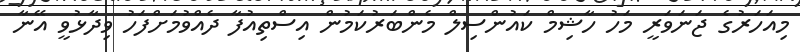
މިއަހަރުގެ ޖަނަވަރީ މަހު ހާޝިމް ކައުންސިލް މެންބަރުކަމުން އިސްތިއުފާ ދެއްވުމަށްފަހު ވިދާޅުވީ އޭނާ